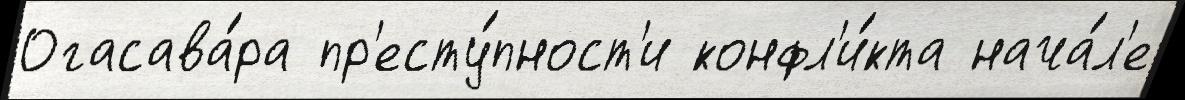
Огасава́ра пр'есту́пност'и конфл'и́кта нача́л'е